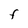
Character: F